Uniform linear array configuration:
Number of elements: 16
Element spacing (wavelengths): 0.75
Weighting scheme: exponential
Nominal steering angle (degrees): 45
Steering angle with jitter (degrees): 44.999
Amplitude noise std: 0.05
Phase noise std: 0.05

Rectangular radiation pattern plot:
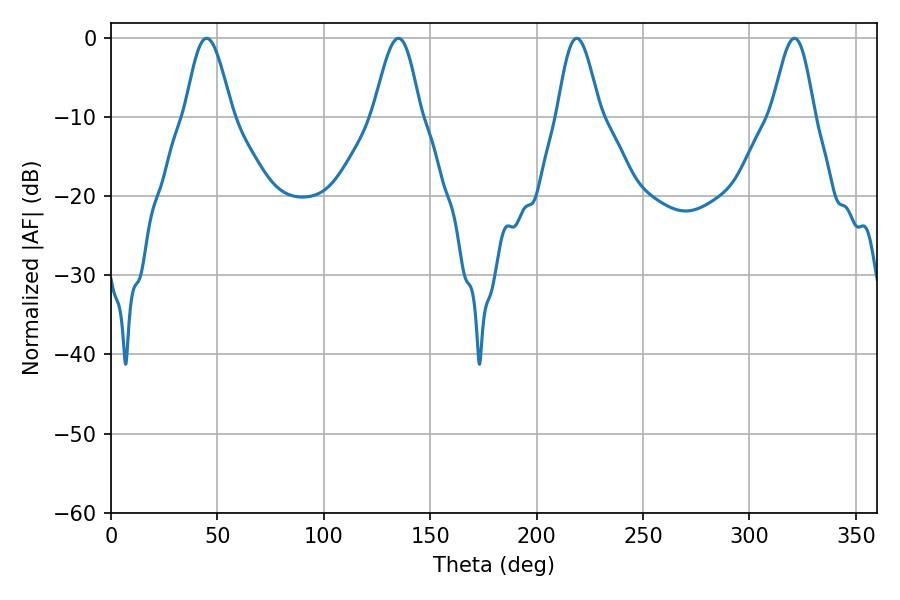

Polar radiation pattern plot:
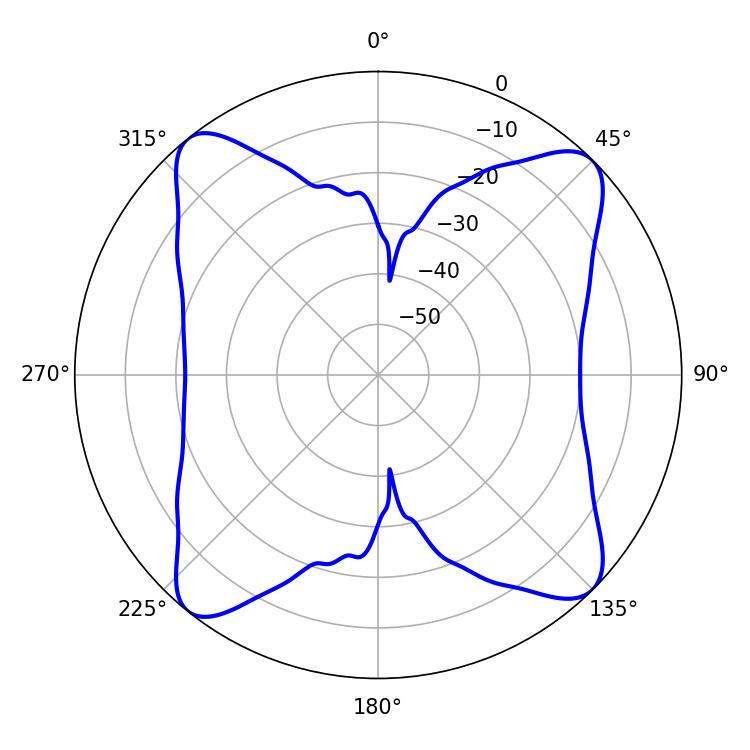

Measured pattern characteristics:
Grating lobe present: TRUE
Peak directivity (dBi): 15.049
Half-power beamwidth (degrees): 10.62
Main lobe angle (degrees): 218.88